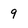
Character: q